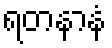
ရတနာနံ